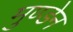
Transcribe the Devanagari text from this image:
मुण्‍डेन